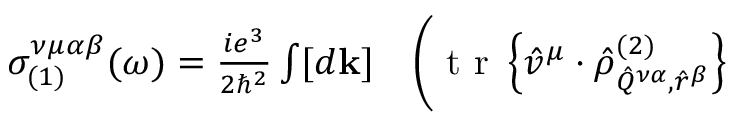
\begin{array} { r l } { \sigma _ { ( 1 ) } ^ { \nu \mu \alpha \beta } ( \omega ) = \frac { i e ^ { 3 } } { 2 \hslash ^ { 2 } } \int [ d \mathbf { k } ] } & { { } \Bigg ( \mathrm { ~ t ~ r ~ } \left\{ \hat { v } ^ { \mu } \cdot \hat { \rho } _ { \hat { Q } ^ { \nu \alpha } , \hat { r } ^ { \beta } } ^ { ( 2 ) } \right\} } \end{array}